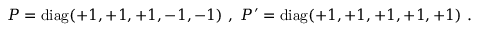
P = \mathrm { d i a g } ( + 1 , + 1 , + 1 , - 1 , - 1 ) ~ , ~ P ^ { \prime } = \mathrm { d i a g } ( + 1 , + 1 , + 1 , + 1 , + 1 ) ~ . ~ \,